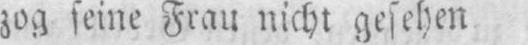
zog seine Frau nicht gesehen